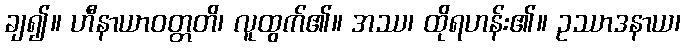
ချ၍။ ဟီနာယာဝတ္တတိ၊ လူထွက်၏။ အဿ၊ ထိုရဟန်း၏။ ဥဿာဒနာယ၊